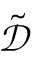
\tilde { \mathcal { D } }